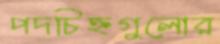
পদচিহ্নগুলোর